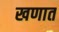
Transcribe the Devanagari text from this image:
खणात